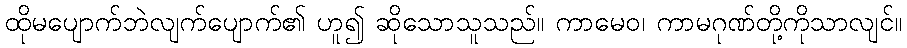
ထိုမပျောက်ဘဲလျက်ပျောက်၏ ဟူ၍ ဆိုသောသူသည်။ ကာမေဝ၊ ကာမဂုဏ်တို့ကိုသာလျင်။